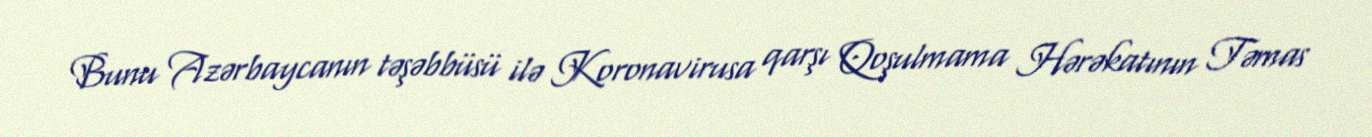
Bunu Azərbaycanın təşəbbüsü ilə Koronavirusa qarşı Qoşulmama Hərəkatının Təmas